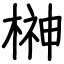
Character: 榊